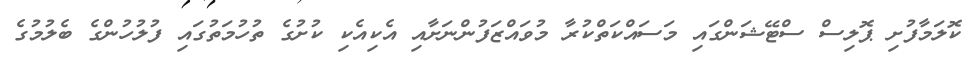
ކޮލަމާފުށި ޕޮލިސް ސްޓޭޝަންގައި މަސައްކަތްކުރާ މުވައްޒަފުންނަށާއި އެކިއެކި ކުށުގެ ތުހުމަތުގައި ފުލުހުުންގެ ބެލުމުގެ